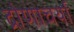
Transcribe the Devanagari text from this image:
द्रोणाचर्या